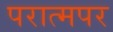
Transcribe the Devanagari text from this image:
परात्मपर